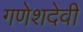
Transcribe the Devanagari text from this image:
गणेशदेवी